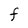
Character: F